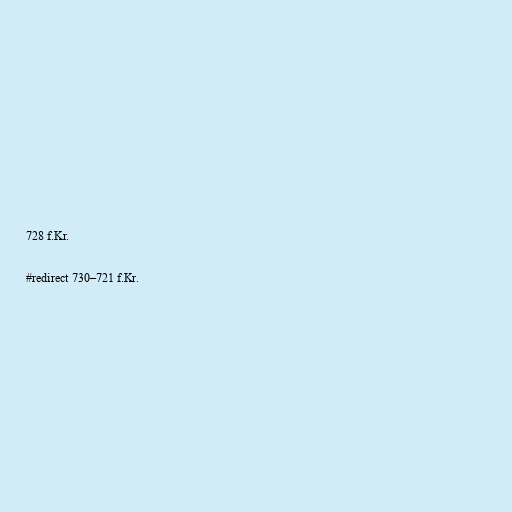
728 f.Kr.

#redirect 730–721 f.Kr.